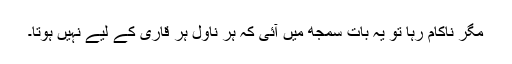
مگر ناکام رہا تو یہ بات سمجھ میں آئی کہ ہر ناول ہر قاری کے لیے نہیں ہوتا۔